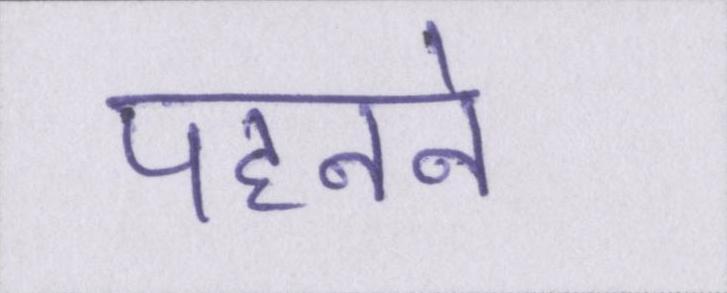
पहनने